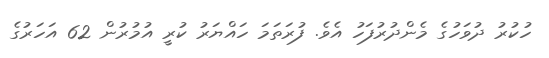
ހުކުރު ދުވަހުގެ މެންދުރުފަހު އެވެ. ފުރަތަމަ ހައްޔަރުު ކުރީ އުމުރުން 62 އަހަރުގެ